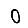
Digit: 0